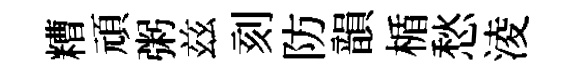
糟頑粥兹刻防韻楯愁淩